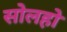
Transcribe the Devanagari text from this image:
सोलहो